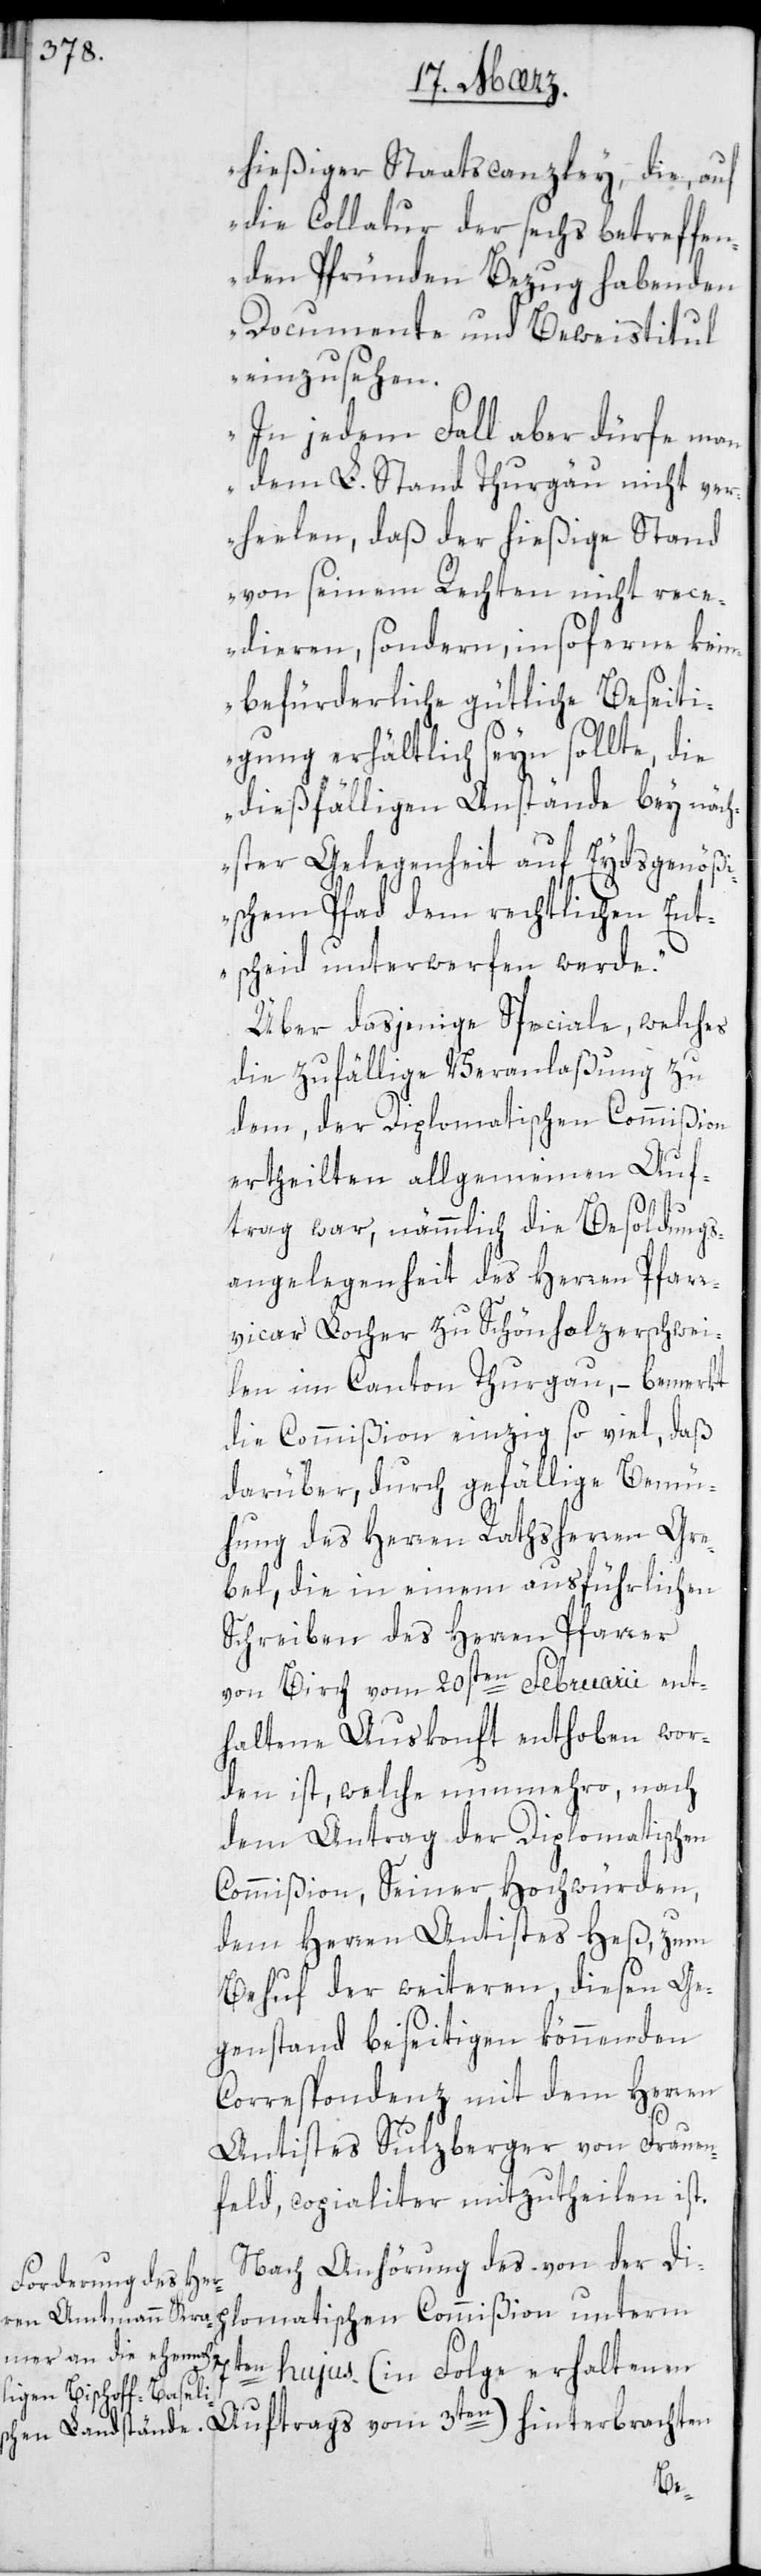
hießiger Staatscanzley, die, auf
die Collatur der sechs betreffen¬
den Pfründen Bezug habenden
Documente und Beweistitul
einzusehen.
In jedem Fall aber dürfe man
dem L. Stand Thurgau nicht ver¬
hehlen, daß der hießige Stand
von seinem Rechten nicht rece¬
dieren, sondern, insoferne keine
befürderliche gütliche Beseiti¬
gung erhältlich seyn sollte, die
dießfälligen Anstände bey näch¬
ster Gelegenheit auf Eydsgenößi¬
schem Pfad dem rechtlichen Ent¬
scheid unterwerfen werde“.
Über dasjenige Speciale, welches
die zufällige Veranlaßung zu
dem, der Diplomatischen Commißion
ertheilten allgemeinen Auf¬
3ten)
trag war, nämmlich die Besoldungs¬
angelegenheit des Herren Pfarr¬
vicar Locher zu Schönholzerschwei¬
len im Canton Thurgau, – bemerkt
die Commißion einzig so viel, daß
darüber, durch gefällige Bemü¬
hung des Herren Rathsherren Gre¬
bel, die in einem ausführlichen
Schreiben des Herren Pfarrer
von Birch vom 20sten Februarii ent¬
haltene Auskonft enthoben wor¬
den ist, welche nunmehro, nach
dem Antrag der Diplomatischen
Commißion, Seiner Hochwürden,
dem Herren Antistes Heß, zum
Behuf des weiteren, diesen Ge¬
genstand beseitigen könnenden
Correspondenz mit dem Herren
Antistes Sulzberger von Frauen¬
feld, copialiter mitzutheilen ist.
Nach Anhörung des von der Di¬
plomatischen Commißion unterm
7ten hujus (in Folge erhaltenen